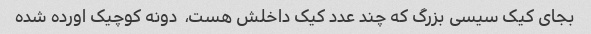
بجای کیک سیسی بزرگ که چند عدد کیک داخلش هست،  دونه کوچیک اورده شده